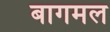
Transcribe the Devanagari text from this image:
बागमल